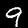
Label: 9